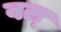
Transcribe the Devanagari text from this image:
वल्‌